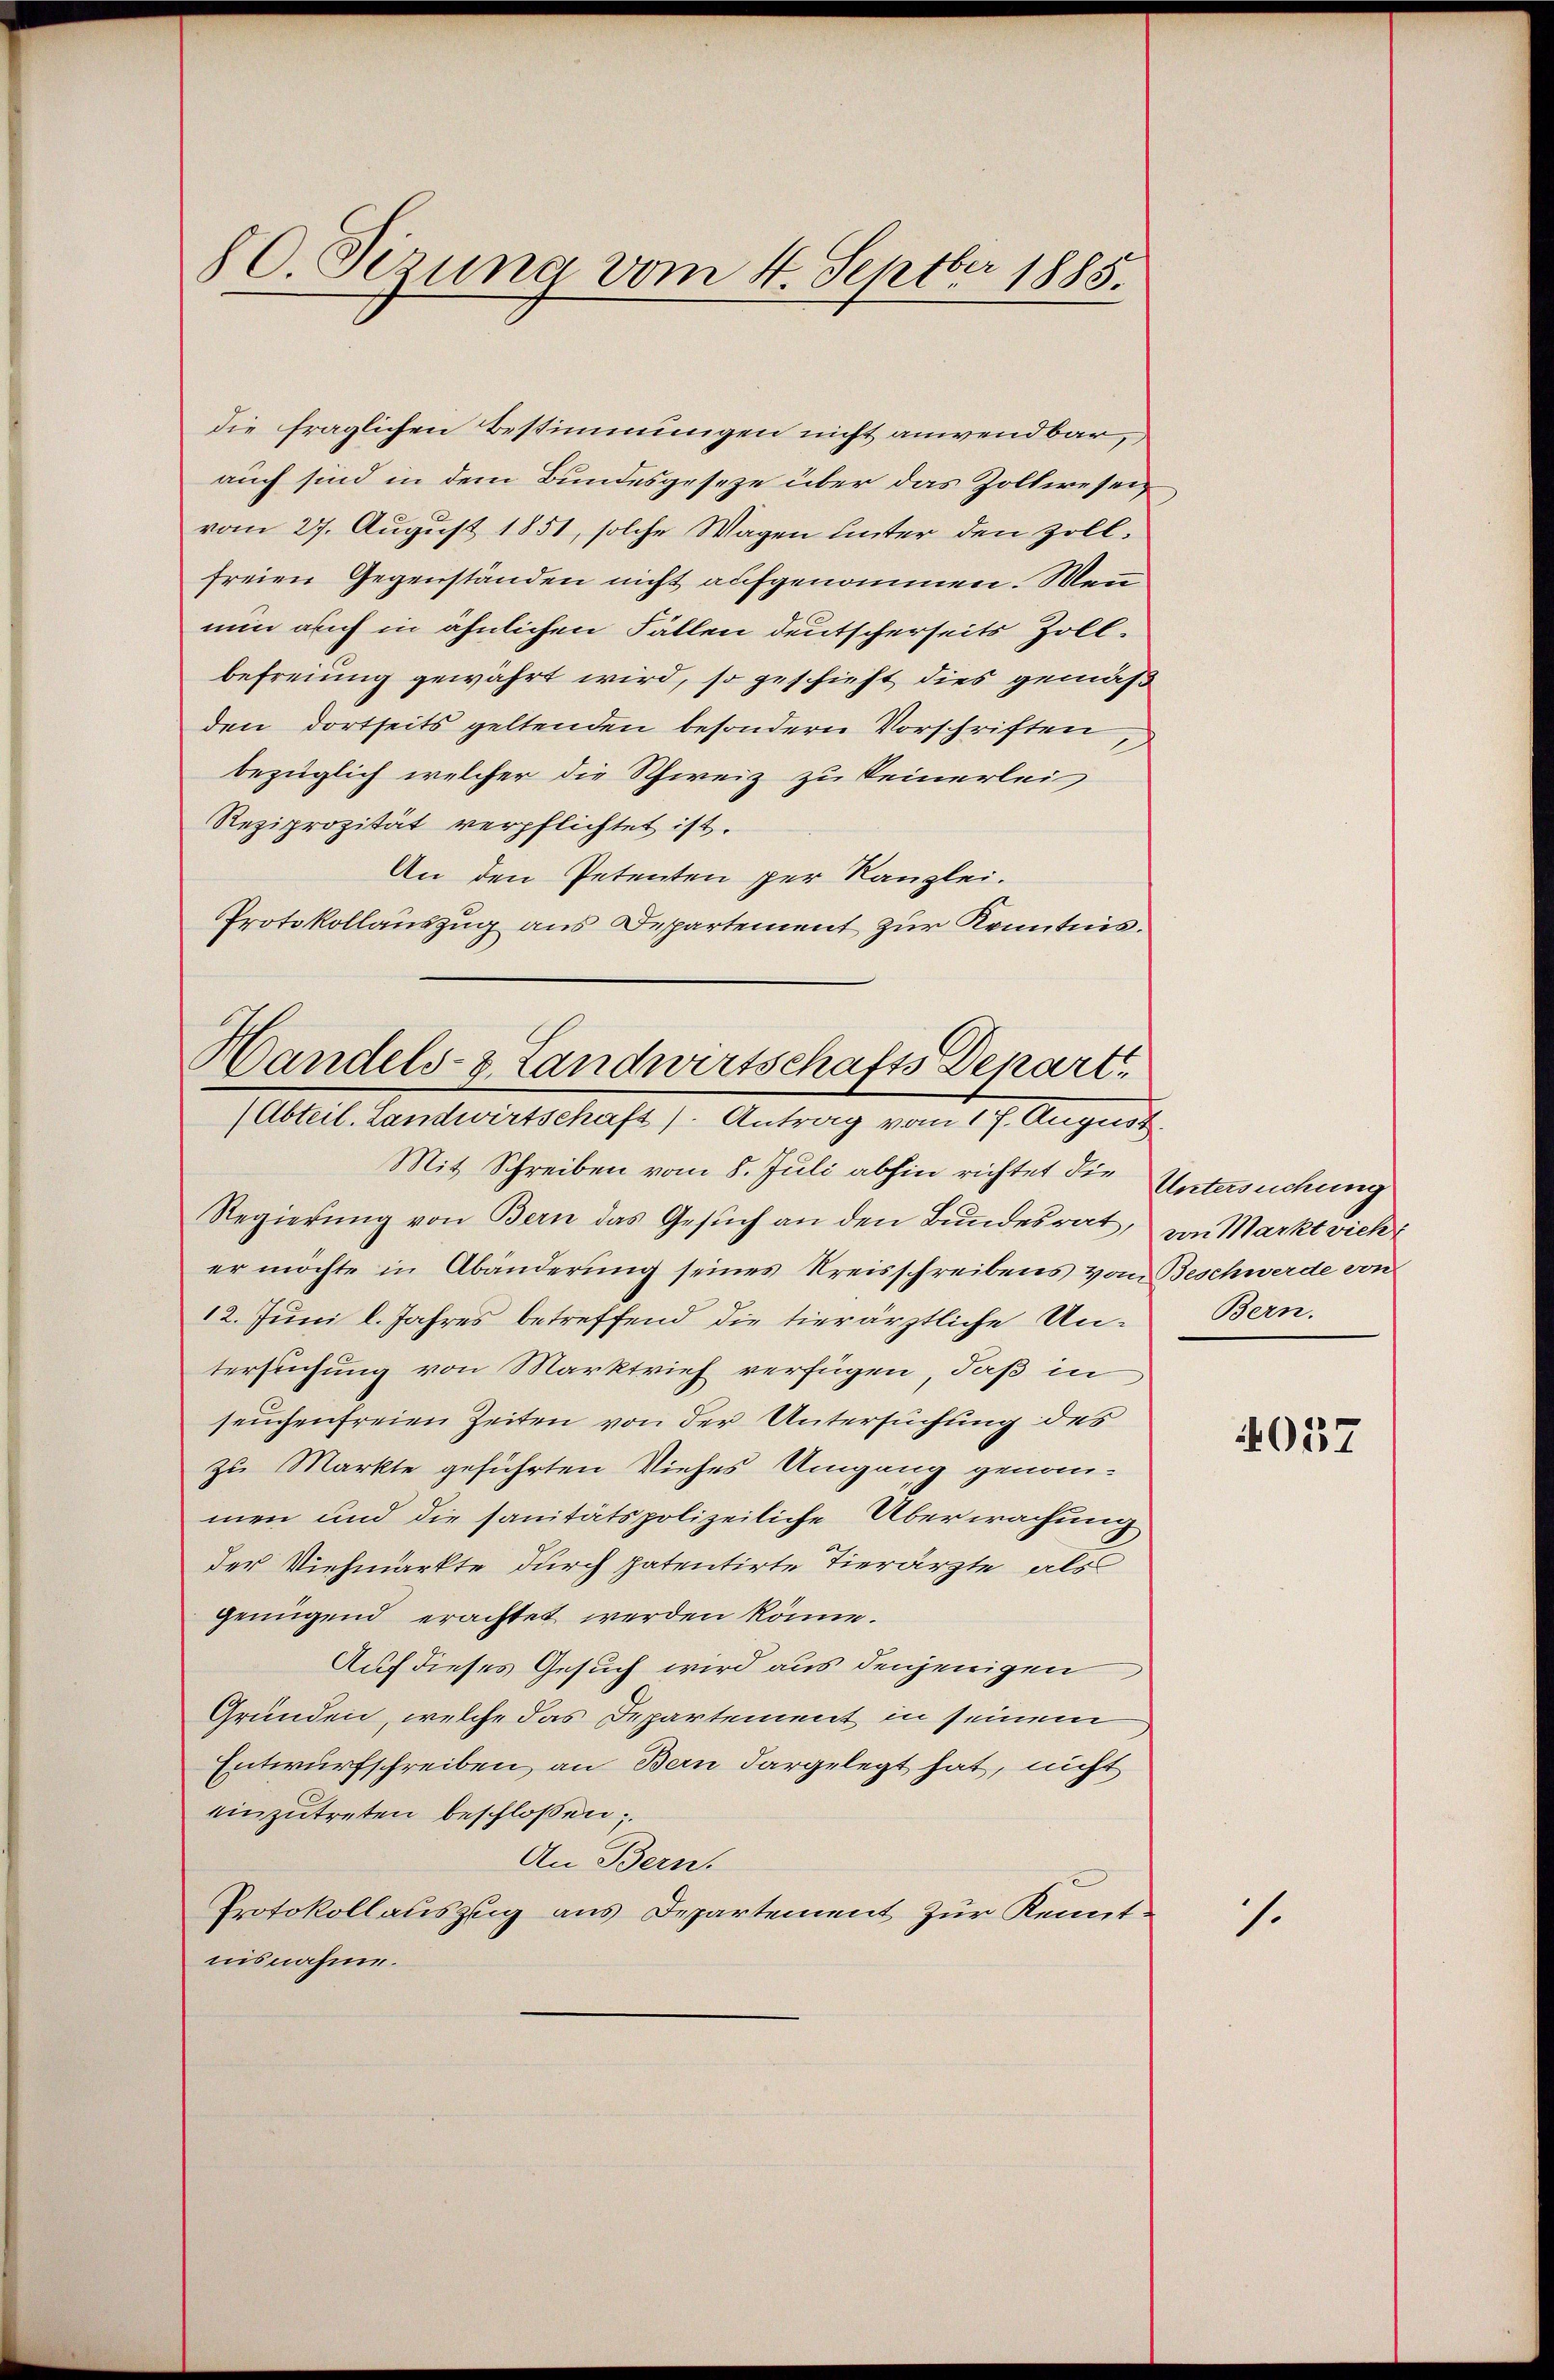
80. Sizung vom 4. Septbr 1885.

die fraglichen Bestimmungen nicht anwendbar,
auch sind in dem Bundesgeseze über das Zollwesenvom 27. August 1851, solche Wagen unter den zollfreien Gegenständen nicht aufgenommen. Wenn
nun auch in ähnlichen Fällen deutscherseits Zollbefreiung gewährt wird, so geschieht dies gemäß
den dortseits geltenden besondern Vorschriften
bezüglich welcher die Schweiz zu keinerlei
Reziprozität verpflichtet ist.
An den Petenten per Kanzlei.
Protokollauszug aus Departement zur Kenntnis.

Handels- & Landwirtschafts Depart
(Abteil. Landwirtschaft). Antrag vom 17. August.

Mit Schreiben vom 8. Juli abhin richtet die Untersuchung
Regierŭng von Bern das Gesŭch an den Bundesrat, von Marktvieh
er möchte in Abänderung seines Kreisschreibens vom Beschwerde von
12. Juni l. Jahres betreffend die tierärztliche Untersuchung von Marktrief verfügen, daß in
seuchenfreien Zeiten von der Untersuchung des
zu Markte geführten Viehes Umgang genom-
men und die sanitätspolizeiliche Überwachung
der Viehmarkte durch patentirte Tierärzte, als
genügend erachtet werden könne.
Auf dieses Gesuch wird aus denjenigen
Gründen, welche das Departement in seinem
Entwurfschreiben, an Bern dargelegt hat, nicht
einzŭtreten beschlossen;
An Bern.
Protokollauszug aus Departement zur Kenntnisnahme.

Bern.

4037

.